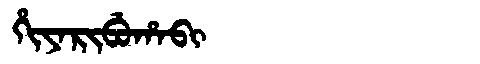
Manchu: ᡥᡳᠶᠠᡵᡳᠪᡠᡥᠠᠪᡳ
Romanization: HIYARIBUHABI